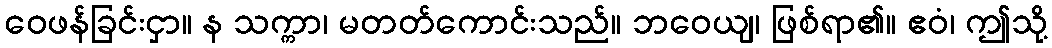
ဝေဖန်ခြင်းငှာ။ န သက္ကာ၊ မတတ်ကောင်းသည်။ ဘဝေယျ၊ ဖြစ်ရာ၏။ ဧဝံ၊ ဤသို့